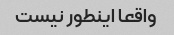
واقعا اینطور نیست